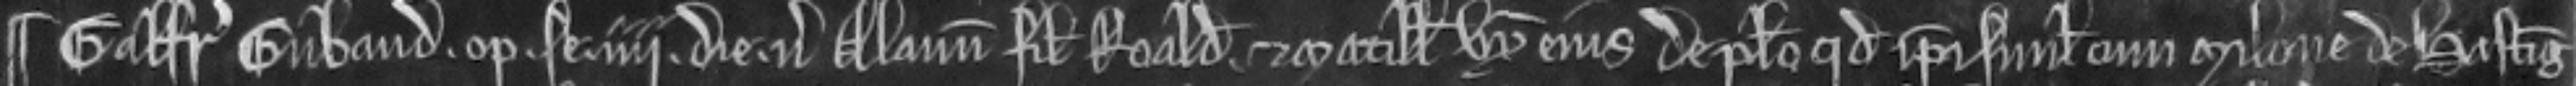
¶ Galfridus Cubaud. optulit. se iiii die. versus Alanum filium Roaldi et Matillidem uxorem ejus de placito quod ipsi simul cum Milone de Hasting